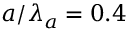
a / \lambda _ { a } = 0 . 4